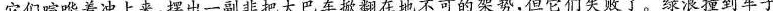
它们喧哗着冲上来，摆出一副非把大巴车掀翻在地不可的架势，但它们失败了。绿浪撞到车子